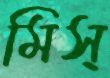
মিস্